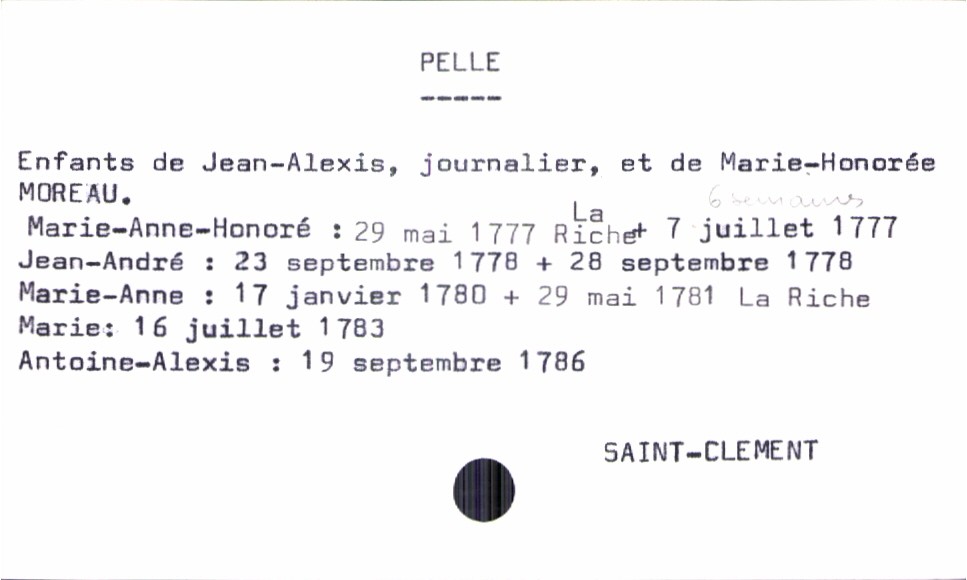
type_acte: Baptême
filiation: fils
enfant_prénom: Antoine-Alexis
enfant_date_de_naissance: 19 septembre 1786
enfant_lieu_de_naissance: Saint-Clement
enfant_date_de_décès: 29 mai 1781
enfant_lieu_de_décès: La Riche
père_enfant_nom: Pelle
père_enfant_prénom: Jean-Alexis
père_enfant_profession: journalier
mère_enfant_nom: Moreau
mère_enfant_prénom: Marie-Honorée